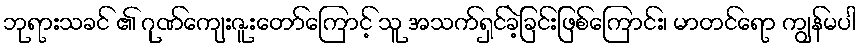
ဘုရားသခင် ၏ ဂုဏ်ကျေးဇူးတော်ကြောင့် သူ အသက်ရှင်ခဲ့ခြင်းဖြစ်ကြောင်း၊ မာတင်ရော ကျွန်မပါ